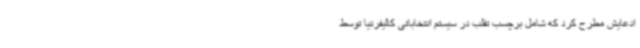
ادعایش مطرح کرد که شامل برچسب تقلب در سیستم انتخاباتی کالیفرنیا توسط